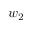
w _ { 2 }